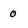
Character: 0